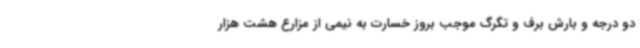
دو درجه و بارش برف و تگرگ موجب بروز خسارت به نیمی از مزارع هشت هزار